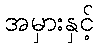
အမှားနှင့်